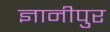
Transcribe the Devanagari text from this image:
ज्ञानीपुर